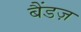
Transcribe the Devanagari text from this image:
बैंडज़